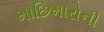
માછિમારોની